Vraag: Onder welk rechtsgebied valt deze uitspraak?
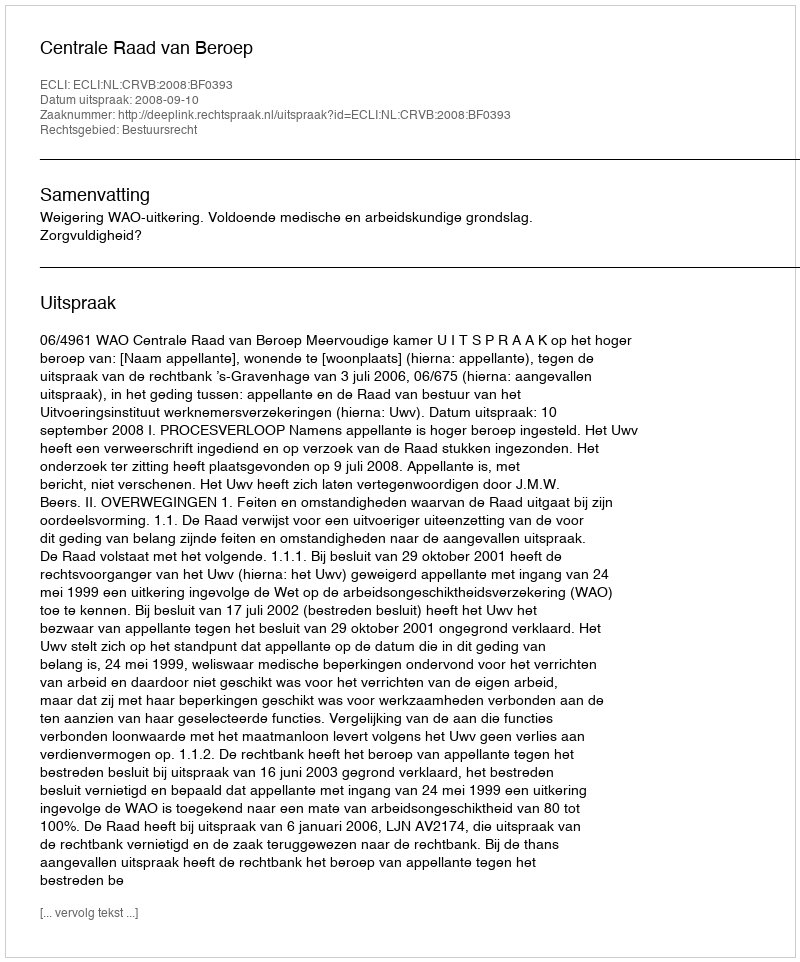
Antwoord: Bestuursrecht